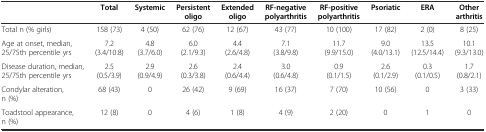
<table><thead><tr><td></td><td><b>Total</b></td><td><b>Systemic</b></td><td><b>Persistent oligo</b></td><td><b>Extended oligo</b></td><td><b>RF-negative polyarthritis</b></td><td><b>RF-positive polyarthritis</b></td><td><b>Psoriatic</b></td><td><b>ERA</b></td><td><b>Other arthritis</b></td></tr></thead><tbody><tr><td>Total n (% girls)</td><td>158 (73)</td><td>4 (50)</td><td>62 (76)</td><td>12 (67)</td><td>43 (77)</td><td>10 (100)</td><td>17 (82)</td><td>2 (0)</td><td>8 (25)</td></tr><tr><td>Age at onset, median, 25/75th percentile yrs</td><td>7.2 (3.4/10.8)</td><td>4.8 (3.7/6.0)</td><td>6.0 (2.1/9.3)</td><td>4.4 (2.6/4.8)</td><td>7.1 (3.8/9.8)</td><td>11.7 (9.9/15.0)</td><td>9.0 (4.0/13.1)</td><td>13.5 (12.5/14.4)</td><td>10.1 (9.3/13.0)</td></tr><tr><td>Disease duration, median, 25/75th percentile yrs</td><td>2.5 (0.5/3.9)</td><td>2.9 (0.9/4.9)</td><td>2.6 (0.3/3.8)</td><td>2.4 (0.6/4.4)</td><td>3.0 (0.6/4.8)</td><td>0.9 (0.1/1.5)</td><td>2.6 (0.1/2.9)</td><td>0.3 (0.1/0.5)</td><td>1.7 (0.8/2.1)</td></tr><tr><td>Condylar alteration, n (%)</td><td>68 (43)</td><td>0</td><td>26 (42)</td><td>9 (69)</td><td>16 (37)</td><td>7 (70)</td><td>10 (56)</td><td>0</td><td>3 (33)</td></tr><tr><td>Toadstool appearance, n (%)</td><td>12 (8)</td><td>0</td><td>4 (6)</td><td>1 (8)</td><td>4 (9)</td><td>2 (20)</td><td>0</td><td>1</td><td>0</td></tr></tbody></table>